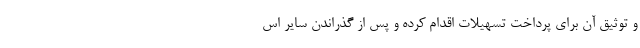
و توثیق آن برای پرداخت تسهیلات اقدام کرده و پس از گذراندن سایر اس